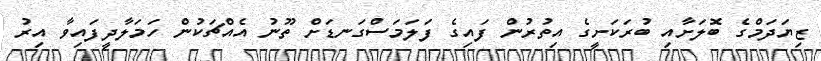
ޒިޔަދަމްގެ ބޮލަށާއި ބުރަކަށީގެ އިތުރުން ފައިގެ ފަލަމަސްގަނޑަށް ތޫނު އެއްޗަކުން ހަމަލާދީފައިވާ އިރު